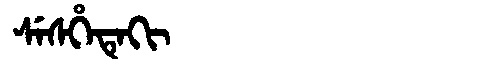
Manchu: ᠰᡝᠰᡥᡝᡨᡝᡴᡳ
Romanization: SESHETEKI